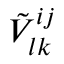
\tilde { V } _ { l k } ^ { i j }